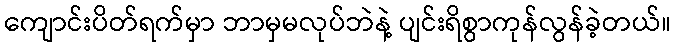
ကျောင်းပိတ်ရက်မှာ ဘာမှမလုပ်ဘဲနဲ့ ပျင်းရိစွာကုန်လွန်ခဲ့တယ်။